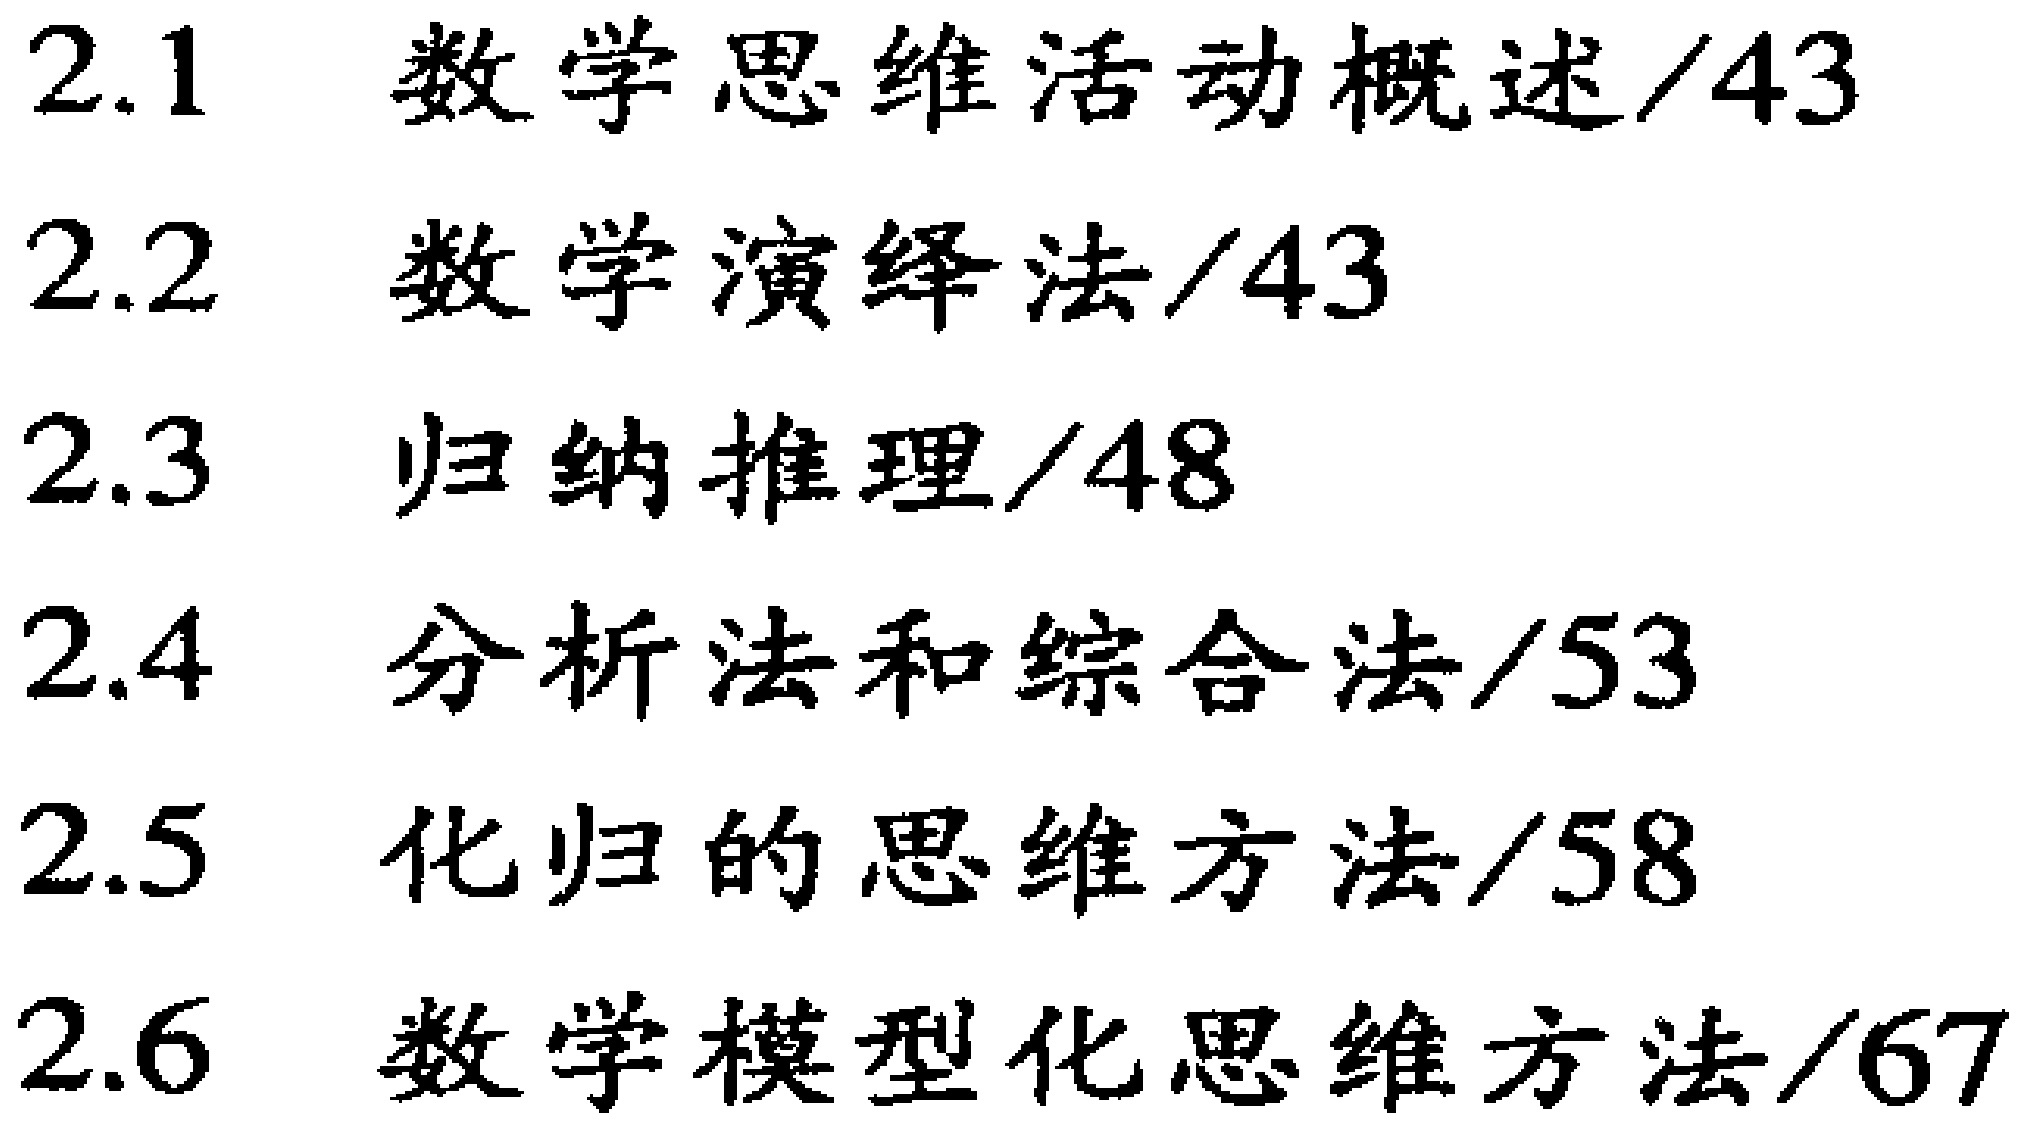
\begin{enumerate}

\item 2.1 数学思维活动概述/43

\item 2.2 数学演绎法/43

\item 2.3 归纳推理/48

\item 2.4 分析法和综合法/53

\item 2.5 化归的思维方法/58

\item 2.6 数学模型化思维方法/67

\end{enumerate}